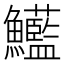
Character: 𩽭